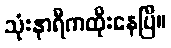
သုံးနာရီကထိုးနေပြီ။